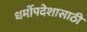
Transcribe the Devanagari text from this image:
धर्मोपदेशासाठी